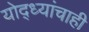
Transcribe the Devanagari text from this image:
योद्ध्यांचाही